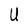
Character: U